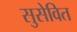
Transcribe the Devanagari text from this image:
सुसेवित